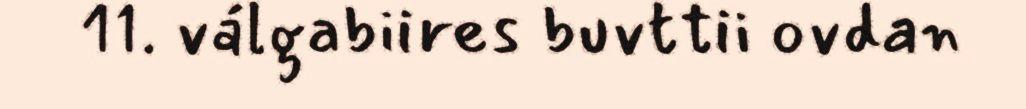
11. válgabiires buvttii ovdan